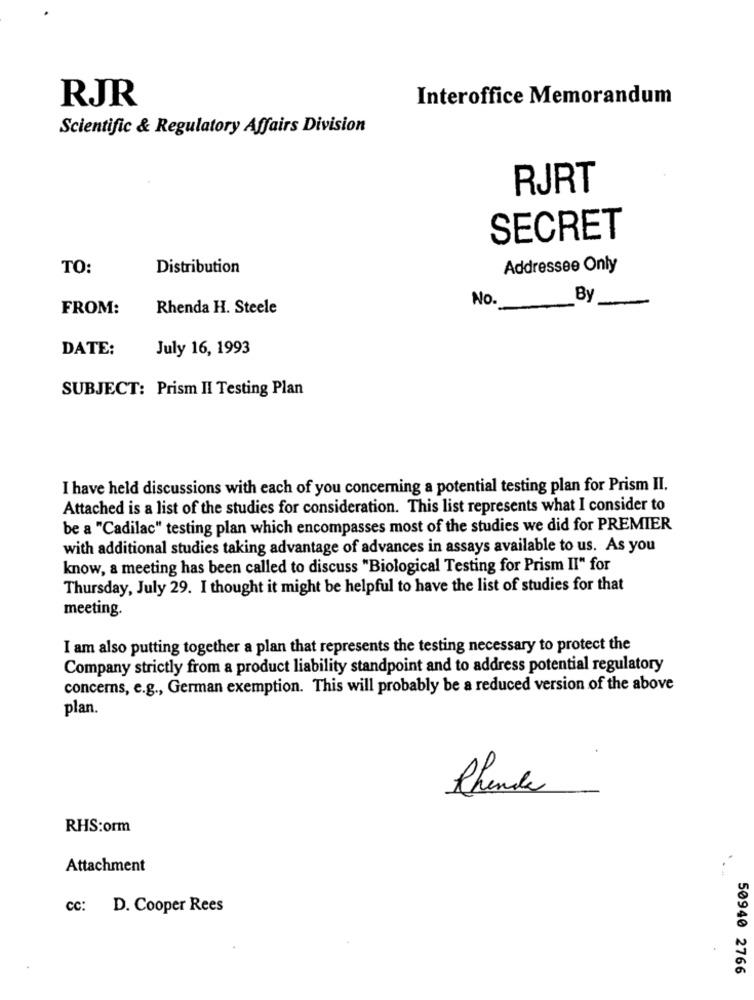
RJR
Interoffice Memorandum
Scientific & Regulatory Affairs Division
RJRT
SECRET
TO:
Distribution
Addressee Only
No.
By
FROM:
Rhenda H. Steele
DATE:
July 16, 1993
SUBJECT: Prism II Testing Plan
I have held discussions with each of you concerning a potential testing plan for Prism II.
Attached is a list of the studies for consideration. This list represents what I consider to
be a "Cadilac" testing plan which encompasses most of the studies we did for PREMIER
with additional studies taking advantage of advances in assays available to us. As you
know, a meeting has been called to discuss "Biological Testing for Prism II" for
Thursday, July 29. I thought it might be helpful to have the list of studies for that
meeting.
I am also putting together a plan that represents the testing necessary to protect the
Company strictly from a product liability standpoint and to address potential regulatory
concerns, e.g ., German exemption. This will probably be a reduced version of the above
plan.
Rhende
RHS:orm
Attachment
cc: D. Cooper Rees
50940 2766